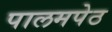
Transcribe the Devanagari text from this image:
पालमपेठ